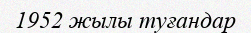
1952 жылы туғандар